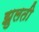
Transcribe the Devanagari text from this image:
झुलती